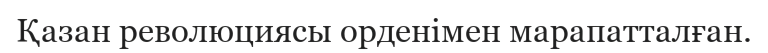
Қазан революциясы орденімен марапатталған.